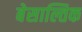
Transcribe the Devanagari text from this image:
बेसाल्तिक